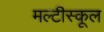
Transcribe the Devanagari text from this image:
मल्टीस्कूल